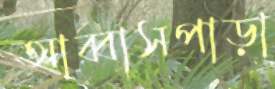
আব্বাসপাড়া